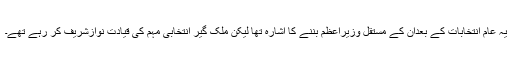
یہ عام انتخابات کے بعداُن کے مستقل وزیراعظم بننے کا اشارہ تھا لیکن ملک گیر انتخابی مہم کی قیادت نوازشریف کر رہے تھے۔